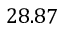
2 8 . 8 7